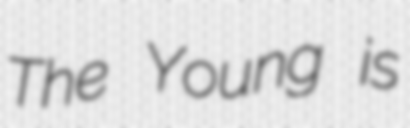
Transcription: The Young is